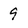
Character: 9